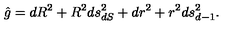
\hat { g } = d R ^ { 2 } + R ^ { 2 } d s _ { d S } ^ { 2 } + d r ^ { 2 } + r ^ { 2 } d s _ { d - 1 } ^ { 2 } .